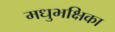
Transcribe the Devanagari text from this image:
मधुभक्षिका